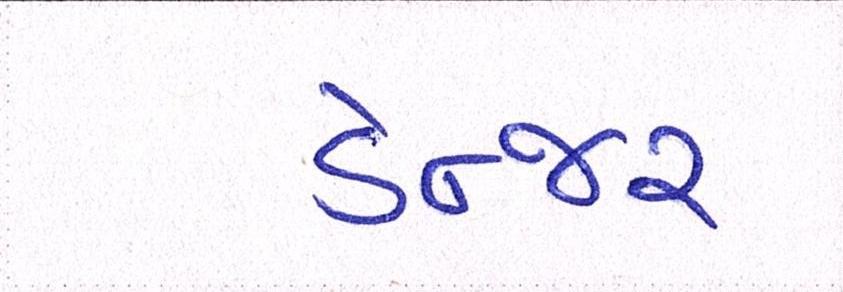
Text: ડેન્જર